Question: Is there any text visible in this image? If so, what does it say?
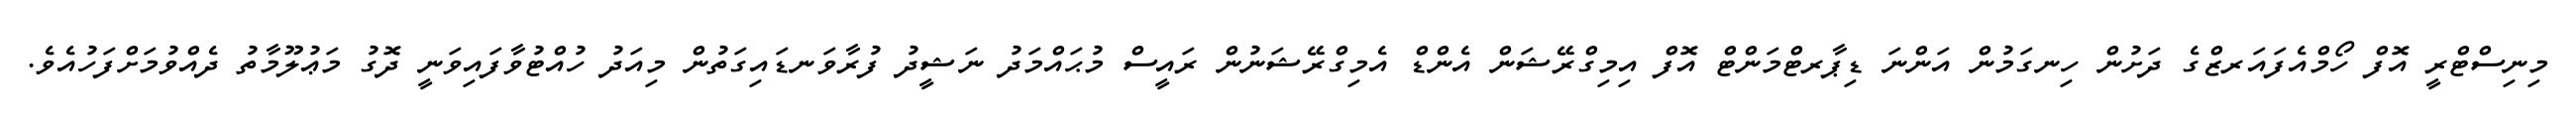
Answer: މިނިސްޓްރީ އޮފް ހޯމްއެފައަރޒްގެ ދަށުން ހިނގަމުން އަންނަ ޑިޕާރޓްމަންޓް އޮފް އިމިގްރޭޝަން އެންޑް އެމިގްރޭޝަނުން ރައީސް މުޙައްމަދު ނަޝީދު ފުރާވަނޑައިގަތުން މިއަދު ހުއްޓުވާފައިވަނީ ދޮގު މަޢުލޫމާތު ދެއްވުމަށްފަހުއެވެ.